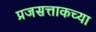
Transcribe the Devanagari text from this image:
प्रजसत्ताकच्या